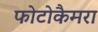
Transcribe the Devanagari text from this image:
फोटोकैमरा